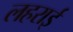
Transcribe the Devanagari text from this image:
लहराई